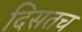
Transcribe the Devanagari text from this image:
दिसतच